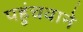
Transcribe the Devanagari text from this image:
पहुंचवाने